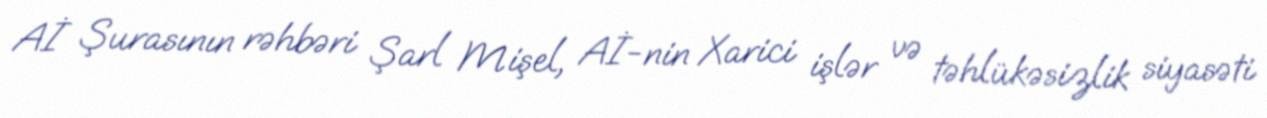
Aİ Şurasının rəhbəri Şarl Mişel, Aİ-nin Xarici işlər və təhlükəsizlik siyasəti